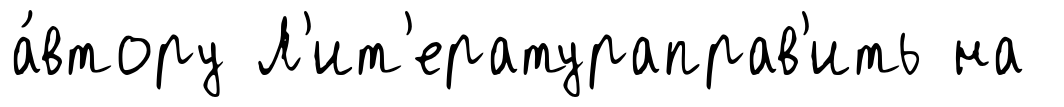
а́втору Л'ит'ератураправ'ить на